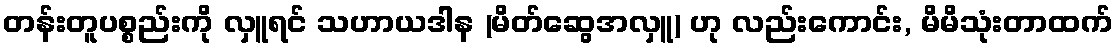
တန်းတူပစ္စည်းကို လှူရင် သဟာယဒါန (မိတ်ဆွေအလှူ) ဟု လည်းကောင်း, မိမိသုံးတာထက်